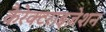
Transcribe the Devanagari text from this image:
कैरेक्टराइज़ेशन